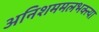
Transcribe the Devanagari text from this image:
अनिशममलभक्त्या